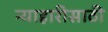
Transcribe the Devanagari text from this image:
न्याहारीसाठी